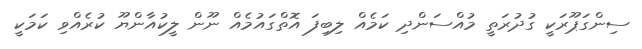
ސިންގަޕޫރަކީ ގުދުރަތީ މުއްސަންދި ކަމެއް ލިބިފަ އޮތްގައުމެއް ނޫން ލީކުއާންޔޫ ކުރެއްވި ކަމަކީ